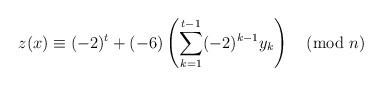
LaTeX: \begin{align*}z(x)\equiv (-2)^t +(-6)\left(\sum_{k=1}^{t-1} (-2)^{k-1} y_k\right)\pmod{n}\end{align*}